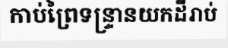
កាប់ព្រៃទន្ទ្រានយកដីរាប់